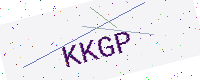
Text: KKGP